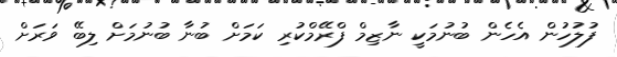
ފުލުހުން އެހެން ބުނުމަކީ ނާޒިމް ފްރޭމްކުރި ކަމަށް ބުނާ ބުނުމަށް ލިބޭ ވަރަށް